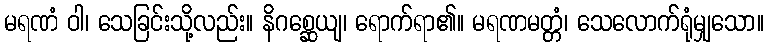
မရဏံ ဝါ၊ သေခြင်းသို့လည်း။ နိဂစ္ဆေယျ၊ ရောက်ရာ၏။ မရဏမတ္တံ၊ သေလောက်ရုံမျှသော။